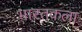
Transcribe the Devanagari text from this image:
भारतकला